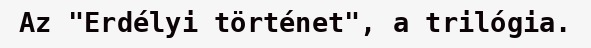
Az "Erdélyi történet", a trilógia.